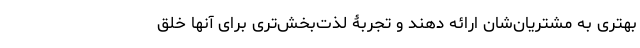
بهتری به مشتریان‌شان ارائه دهند و تجربۀ لذت‌بخش‌تری برای‌ آنها خلق